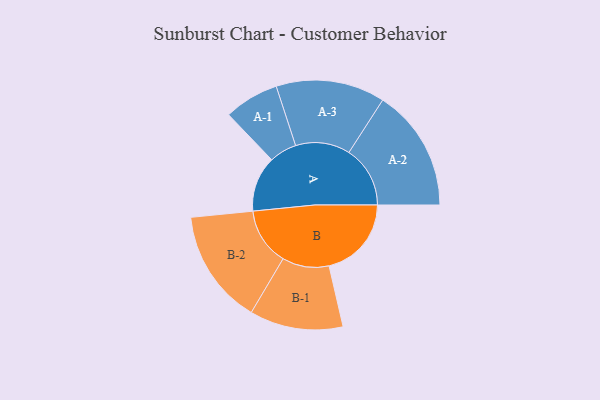
{"axis": {"x": "Segment", "y": "Value"}, "legend": ["", "A", "B"], "data": [{"x": "A", "y": 265, "type": ""}, {"x": "B", "y": 393, "type": ""}, {"x": "A-1", "y": 131, "type": "A"}, {"x": "A-2", "y": 292, "type": "A"}, {"x": "A-3", "y": 260, "type": "A"}, {"x": "B-1", "y": 223, "type": "B"}, {"x": "B-2", "y": 274, "type": "B"}]}